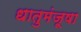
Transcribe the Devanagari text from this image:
धातुमंजूषा